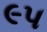
૯૫